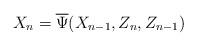
LaTeX: \begin{align*}X_n=\overline{\Psi}(X_{n-1},Z_n,Z_{n-1})\end{align*}